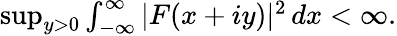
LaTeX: \begin{array}{r}{\operatorname*{sup}_{y>0}\int_{-\infty}^{\infty}|F(x+iy)|^{2}\, dx<\infty.}\end{array}